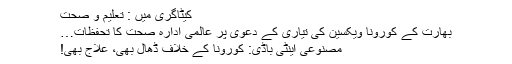
کیٹاگری میں : تعلیم و صحت
بھارت کے کورونا ویکسین کی تیاری کے دعویٰ پر عالمی ادارہ صحت کا تحفظات…
مصنوعی اینٹی باڈی: کورونا کے خلاف ڈھال بھی، علاج بھی!